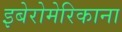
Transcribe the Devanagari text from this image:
इबेरोमेरिकाना